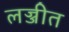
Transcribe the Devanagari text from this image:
लज्जीत